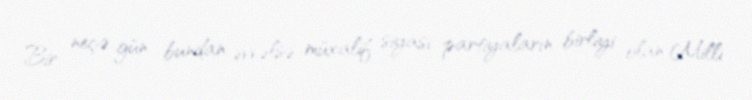
Bir neçə gün bundan əvvəlsə müxalif siyasi partiyaların birliyi olan Milli